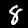
Label: 8